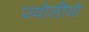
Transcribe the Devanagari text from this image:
ज्योलीयो